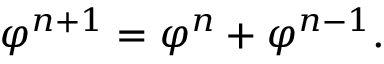
\varphi ^ { n + 1 } = \varphi ^ { n } + \varphi ^ { n - 1 } .